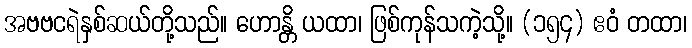
အဗဗငရဲနှစ်ဆယ်တို့သည်။ ဟောန္တိ ယထာ၊ ဖြစ်ကုန်သကဲ့သို့။ (၁၅၄) ဧဝံ တထာ၊